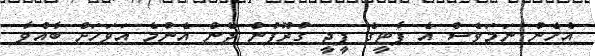
އެހެން ނަމަވެސް އެ ޕާޓީގެ ޕީޖީ ގުރޫޕުން ދެން އެންމެ އަވަހަށް ބާއްވާ